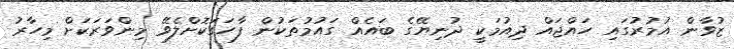
ޒުވާން އުމުރުގައި ހައްޖައް ދިއުމަކީ ދުނިޔޭގެ ބައެއް ގައުމުތަކުން ފާހަގަކޮށްލެވޭ މިންވަރަކަށް މިހާރު